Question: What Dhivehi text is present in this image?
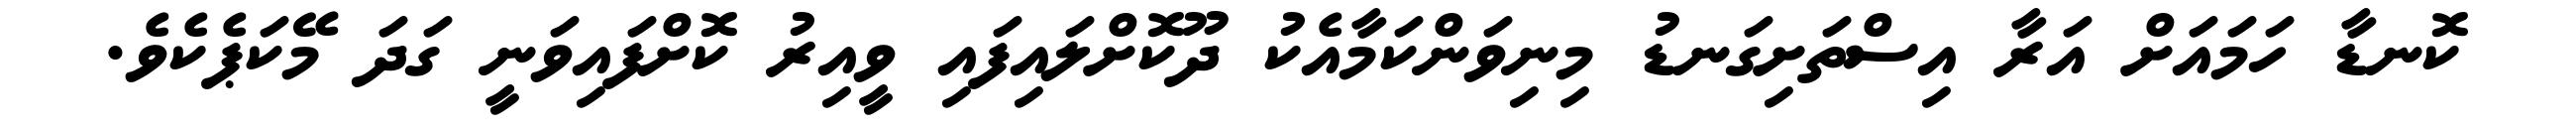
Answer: ކޮނޑާ ހަމައަށް އަރާ އިސްތަށިގަނޑު މިނިވަންކަމާއެކު ދޫކޮށްލައިފައި ވީއިރު ކޮށްފައިވަނީ ގަދަ މޭކަޕެކެވެ.